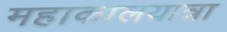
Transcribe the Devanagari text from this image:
महाकालयात्रा